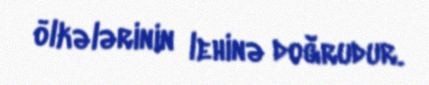
ölkələrinin lehinə doğrudur.